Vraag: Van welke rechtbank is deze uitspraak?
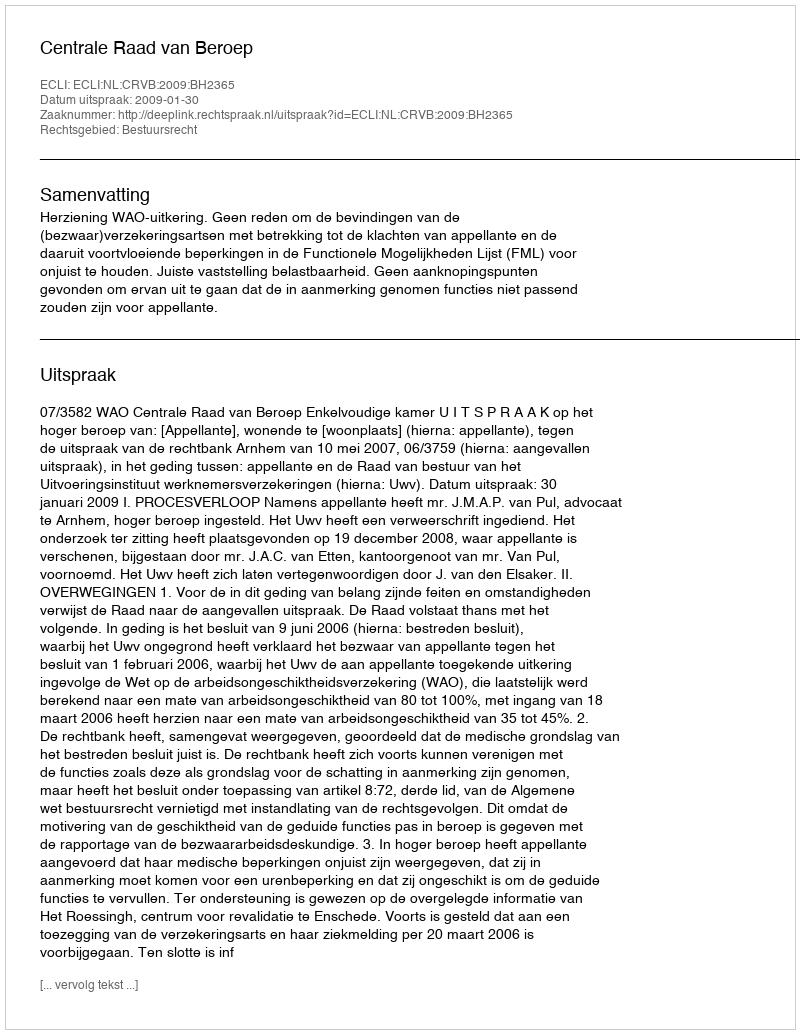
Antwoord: Centrale Raad van Beroep